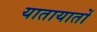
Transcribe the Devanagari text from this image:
यातायातों